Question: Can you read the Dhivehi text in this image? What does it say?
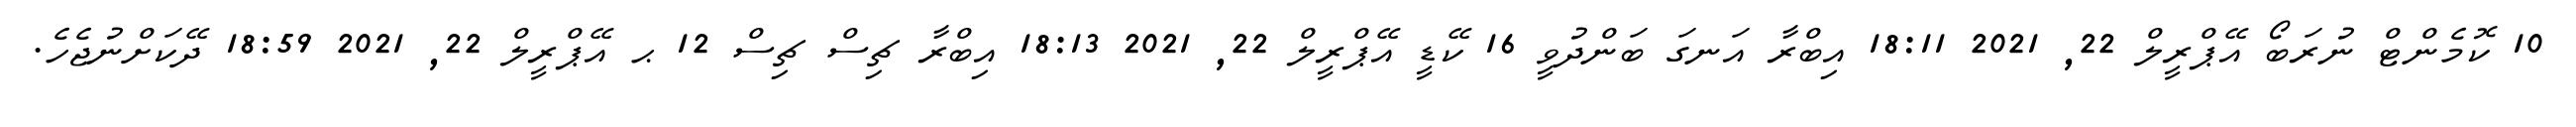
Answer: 10 ކޮމެންޓް ނުރަބޯ އޭޕްރީލް 22, 2021 18:11 އިބްރާ އަނގަ ބަންދުވީ 16 ކޭޑީ އޭޕްރީލް 22, 2021 18:13 އިބްރާ ޗިސް ޗިސް 12 ޙ އޭޕްރީލް 22, 2021 18:59 ދޭކަށްނުޖެހެ.